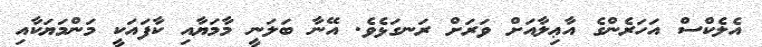
އެލެކްސް އަހަރެންގެ އާޢިލާއަށް ވަރަށް ރަނގަޅެވެ. އޭނާ ބަލަނީ މާމަޔާއި ކާފައަކީ މަންމަޔަކާއި